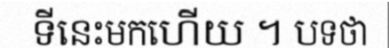
ទីនេះមកហើយ ។ បទថា